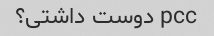
pcc دوست داشتی؟